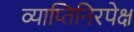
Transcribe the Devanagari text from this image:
व्याप्तिनिरपेक्ष